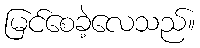
မြင်စေခဲ့လေသည်။